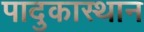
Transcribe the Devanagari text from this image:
पादुकास्थान